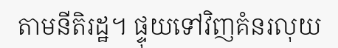
តាមនីតិរដ្ឋ។ ផ្ទុយទៅវិញគំនរលុយ